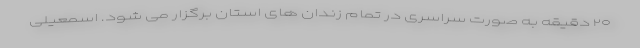
۲۰ دقیقه به صورت سراسری در تمام زندان های استان برگزار می شود. اسمعیلی